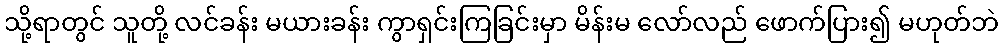
သို့ရာတွင် သူတို့ လင်ခန်း မယားခန်း ကွာရှင်းကြခြင်းမှာ မိန်းမ လော်လည် ဖောက်ပြား၍ မဟုတ်ဘဲ